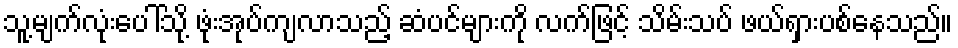
သူ့မျက်လုံးပေါ်သို့ ဖုံးအုပ်ကျလာသည့် ဆံပင်များကို လက်ဖြင့် သိမ်းသပ် ဖယ်ရှားပစ်နေသည်။